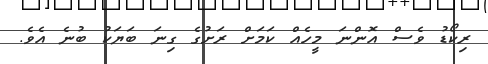
ރިކޯޑު ވެސް އޮންނަ މީހެއް ކަމަށް ރަށުގެ ގިނަ ބަޔަކު ބުނެ އެވެ.